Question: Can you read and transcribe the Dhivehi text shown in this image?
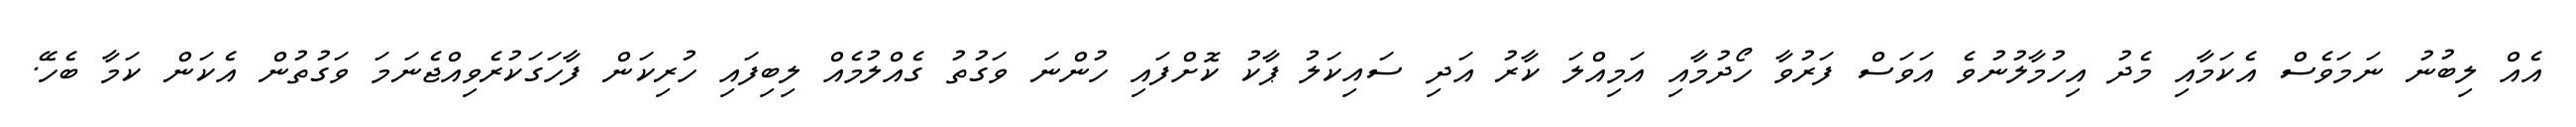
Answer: އެއް ލިބުނު ނަމަވެސް އެކަމާއި މެދު އިހުމާލުނުވެ އަވަސް ފަރުވާ ހޯދުމާއި އަމިއްލަ ކާރު އަދި ސައިކަލު ޕާކު ކޮށްފައި ހުންނަ ވަގުތު ގެއްލުމެއް ލިބިފައި ހުރިކަން ފާހަގަކުރެވިއްޖެނަމަ ވަގުތުން އެކަން ކަމާ ބެހޭ.